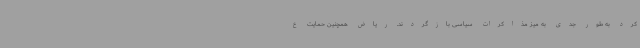
کرد به طور جدی به میز مذاکرات سیاسی بازگردند. ریاض همچنین حمایت ع